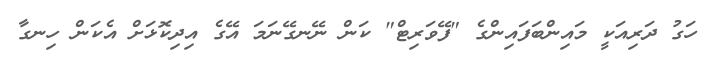
ހަގު ދަރިއަކީ މައިންބަފައިންގެ "ފޭވަރިޓް" ކަން ނޭނގޭނަމަ އޭގެ އިދިކޮޅަށް އެކަން ހިނގާ